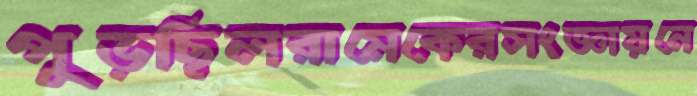
পুড়ছিলরামেকেরসংজ্ঞায়নে